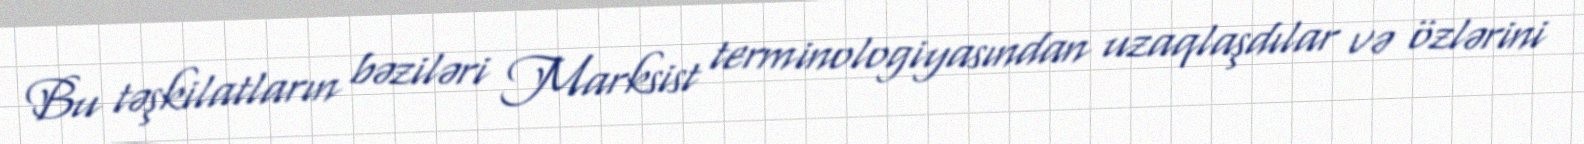
Bu təşkilatların bəziləri Marksist terminologiyasından uzaqlaşdılar və özlərini